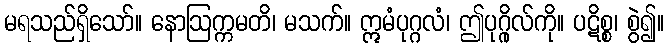
မရသည်ရှိသော်။ နောဩက္ကမတိ၊ မသက်။ ဣမံပုဂ္ဂလံ၊ ဤပုဂ္ဂိုလ်ကို။ ပဋိစ္စ၊ စွဲ၍။